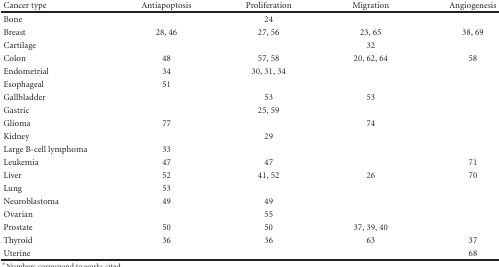
<table><thead><tr><td><b>Cancer type</b></td><td><b>Antiapoptosis</b></td><td><b>Proliferation</b></td><td><b>Migration</b></td><td><b>Angiogenesis</b></td></tr></thead><tbody><tr><td>Bone</td><td></td><td>24</td><td></td><td></td></tr><tr><td>Breast</td><td>28, 46</td><td>27, 56</td><td>23, 65</td><td>38, 69</td></tr><tr><td>Cartilage</td><td></td><td></td><td>32</td><td></td></tr><tr><td>Colon</td><td>48</td><td>57, 58</td><td>20, 62, 64</td><td>58</td></tr><tr><td>Endometrial</td><td>34</td><td>30, 31, 34</td><td></td><td></td></tr><tr><td>Esophageal</td><td>51</td><td></td><td></td><td></td></tr><tr><td>Gallbladder</td><td></td><td>53</td><td>53</td><td></td></tr><tr><td>Gastric</td><td></td><td>25, 59</td><td></td><td></td></tr><tr><td>Glioma</td><td>77</td><td></td><td>74</td><td></td></tr><tr><td>Kidney</td><td></td><td>29</td><td></td><td></td></tr><tr><td>Large B-cell lymphoma</td><td>33</td><td></td><td></td><td></td></tr><tr><td>Leukemia</td><td>47</td><td>47</td><td></td><td>71</td></tr><tr><td>Liver</td><td>52</td><td>41, 52</td><td>26</td><td>70</td></tr><tr><td>Lung</td><td>53</td><td></td><td></td><td></td></tr><tr><td>Neuroblastoma</td><td>49</td><td>49</td><td></td><td></td></tr><tr><td>Ovarian</td><td></td><td>55</td><td></td><td></td></tr><tr><td>Prostate</td><td>50</td><td>50</td><td>37, 39, 40</td><td></td></tr><tr><td>Thyroid</td><td>36</td><td>36</td><td>63</td><td>37</td></tr><tr><td>Uterine</td><td></td><td></td><td></td><td>68</td></tr></tbody></table>